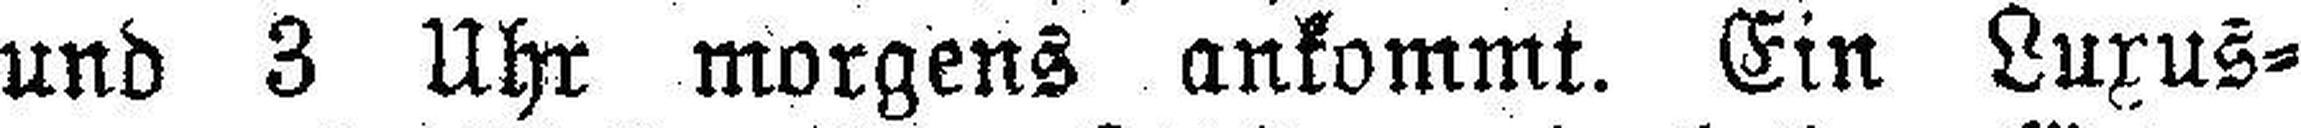
und 3 Uhr morgens ankommt. Ein Luxus¬